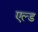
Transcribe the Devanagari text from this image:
एल्ड